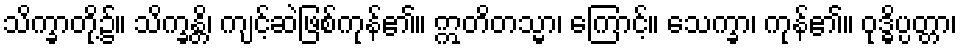
သိက္ခာတို့၌။ သိက္ခန္တိ၊ ကျင့်ဆဲဖြစ်ကုန်၏။ ဣတိတသ္မာ၊ ကြောင့်။ သေက္ခာ၊ ကုန်၏။ ဝုဒ္ဓိပ္ပတ္တာ၊